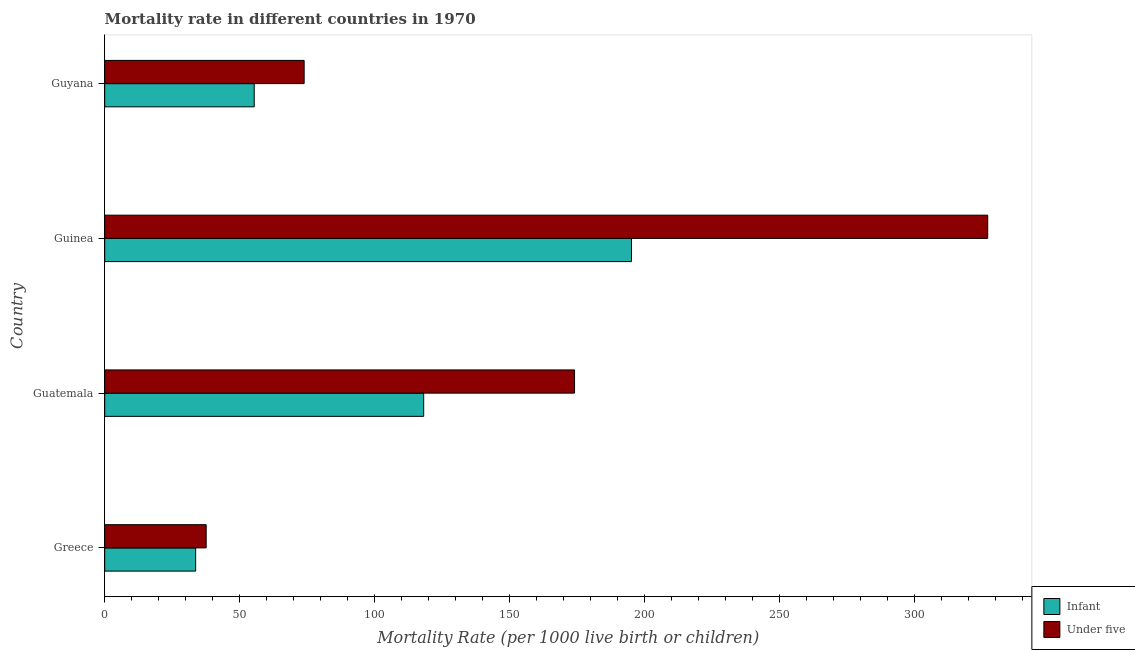
| Country | Infant | Under five |
 | --- | --- | --- |
 | Greece | 33.7 | 37.6 |
 | Guatemala | 118 | 174 |
 | Guinea | 195 | 327 |
 | Guyana | 55.4 | 73.9 |